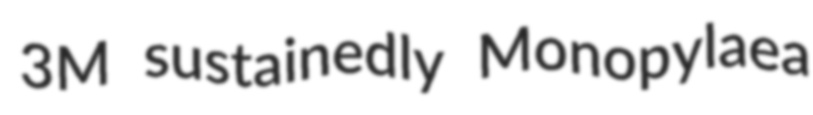
3M sustainedly Monopylaea